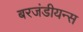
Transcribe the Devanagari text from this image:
बरजंडीयन्स